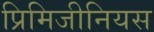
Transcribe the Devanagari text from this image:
प्रिमिजीनियस